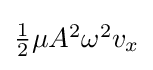
{\textstyle {\frac {1}{2}}\mu A^{2}\omega ^{2}v_{x}}